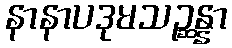
နာနာပဒုမသဉ္ဆန္နာ